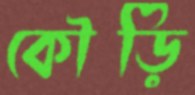
কৌড়ি